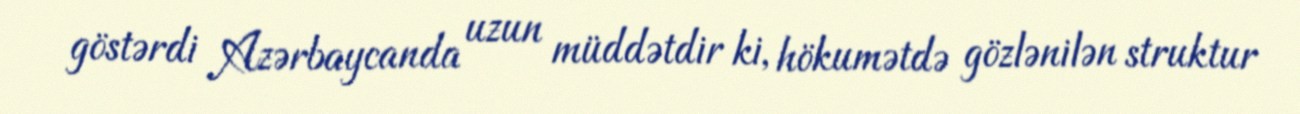
göstərdi Azərbaycanda uzun müddətdir ki, hökumətdə gözlənilən struktur